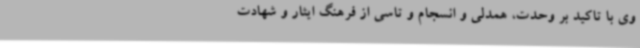
وی با تاکید بر وحدت، همدلی و انسجام و تاسی از فرهنگ ایثار و شهادت